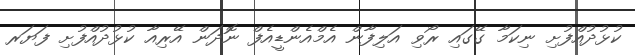
ކުޅުދުއްފުށި ނިކަމާ ގޭގައި ރޯވި އަލިފާން އެމްއެންޑީއެފް ނޮދަން އޭރިއާ ކުޅުދުއްފުށި ފަޔަރ